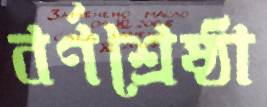
বর্ণশ্রেষ্ঠা